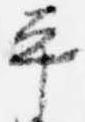
平